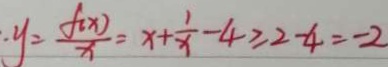
\cdot y = \frac { f ( x ) } { x } = x + \frac { 1 } { x } - 4 \geq 2 - 4 = - 2